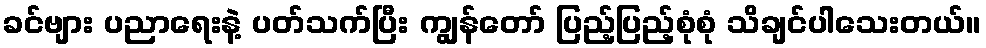
ခင်ဗျား ပညာရေးနဲ့ ပတ်သက်ပြီး ကျွန်တော် ပြည့်ပြည့်စုံစုံ သိချင်ပါသေးတယ်။